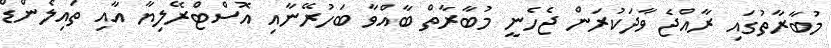
މުބާރާތުގައި ރާއްޖެ ވާދަކުރަން ޖެހެނީ މުބާރާތް ބާއްވާ ބަހުރޭނާއި އޮސްޓްރޭލިޔާ އާއި ތައިލެންޑް